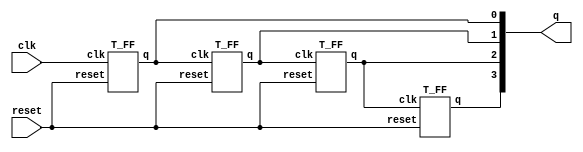

module ripple_carry_counter(q, clk, reset);
  
	output [3:0] q;
	input clk, reset;

	T_FF tff0(q[0], clk, reset);
	T_FF tff1(q[1], q[0], reset);
	T_FF tff2(q[2], q[1], reset);
	T_FF tff3(q[3], q[2], reset);
  
endmodule
 


//T-type flip-flops
module T_FF(q, clk, reset);
	output q;
	input clk, reset;
	wire d;

	D_FF dff0(q, d, clk, reset);
	not nl(d, q);
endmodule  // T_FF


// D-type flip-flops

// D C Q Qnext
// 0 1 X 0
// 1 1 X 1
// X 0 0 0
// X 0 1 1
module D_FF(q, d, clk, reset);
	output q;
	input d, clk, reset;
	reg q;
	
	always @(posedge reset or negedge clk)
		if (reset)
			q = 1'b0;
		else
			q = d;
endmodule  // D_FF